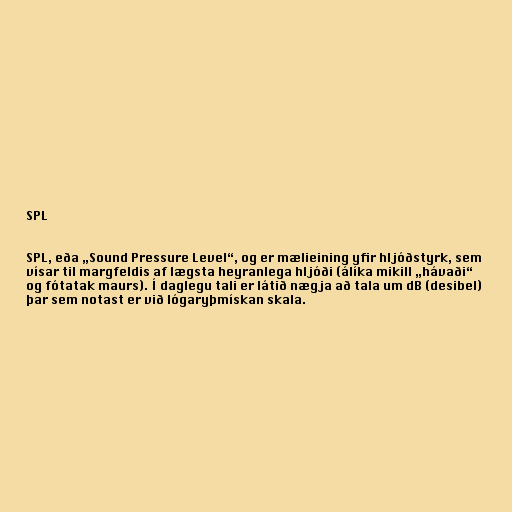
SPL

SPL, eða „Sound Pressure Level“, og er mælieining yfir hljóðstyrk, sem
vísar til margfeldis af lægsta heyranlega hljóði (álíka mikill „hávaði“
og fótatak maurs). Í daglegu tali er látið nægja að tala um dB (desibel)
þar sem notast er við lógaryþmískan skala.